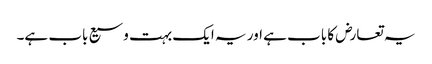
یہ تعارض کا باب ہے اور یہ ایک بہت وسیع باب ہے۔